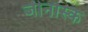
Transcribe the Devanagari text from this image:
जीनास्‍क